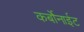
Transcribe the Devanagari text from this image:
कर्बोनाईट